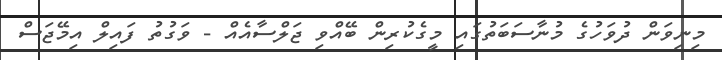
މިނިވަން ދުވަހުގެ މުނާސަބަތުގައި މީގެކުރިން ބޭއްވި ޖަލްސާއެއް - ވަގުތު ފައިލް އިމޭޖަސް